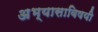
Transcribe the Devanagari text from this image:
अभ्यासाविषयी